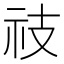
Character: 䃽